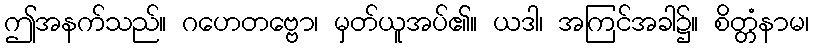
ဤအနက်သည်။ ဂဟေတဗ္ဗော၊ မှတ်ယူအပ်၏။ ယဒါ၊ အကြင်အခါ၌။ စိတ္တံနာမ၊